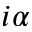
i \alpha